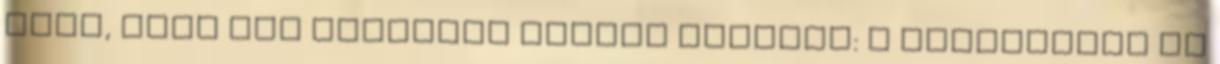
volt, hogy két irányban legyek lojális: a tulajdonos és